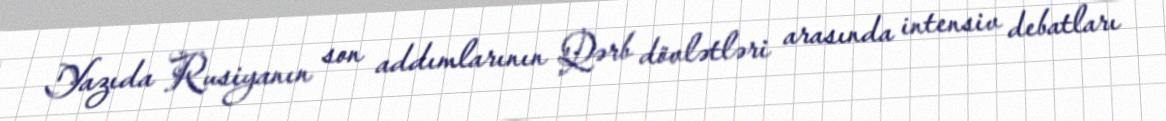
Yazıda Rusiyanın son addımlarının Qərb dövlətləri arasında intensiv debatları